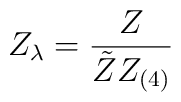
Z_ \lambda = \frac{ Z}{ \tilde{Z} Z_{(4)}}